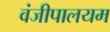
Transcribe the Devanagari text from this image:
वंजीपालयम